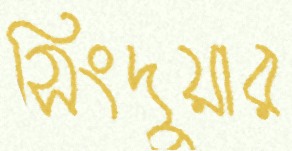
সিংদুয়ার